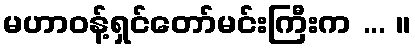
မဟာဝန့်ရှင်တော်မင်းကြီးက ... ။